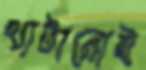
খাটানোই